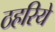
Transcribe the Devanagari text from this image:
ठहरिये